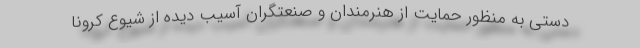
دستی به منظور حمایت از هنرمندان و صنعتگران آسیب دیده از شیوع کرونا